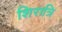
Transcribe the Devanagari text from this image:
शिरात्रि